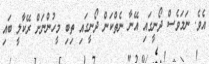
އެވެ. ނަމަވެސް ދޯނީގައި އޭނާ ނެތްކަން ދޯނީގައި ތިބި މީހުންނަށް ރޭކާލީ ބައި